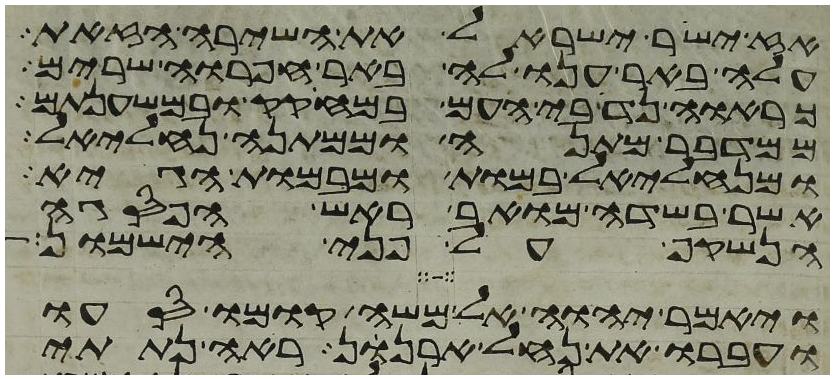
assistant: אז ישיר ישראל את השירה הזאת
עלה באר ענו לה באר חפרוה שרים
כרואה נדיבי העם במחקק ובמשענתם
ממדבר מתנה וממתנה נחליאל
ומנחליאל במות ומבמות הגיא
אשר בשדה מואב ראש הפסגה
הנשקף על פני הישמון
ויאמר יהוה אל משה קומו סעו
ועברו את נחל ארנן ראה נתתי